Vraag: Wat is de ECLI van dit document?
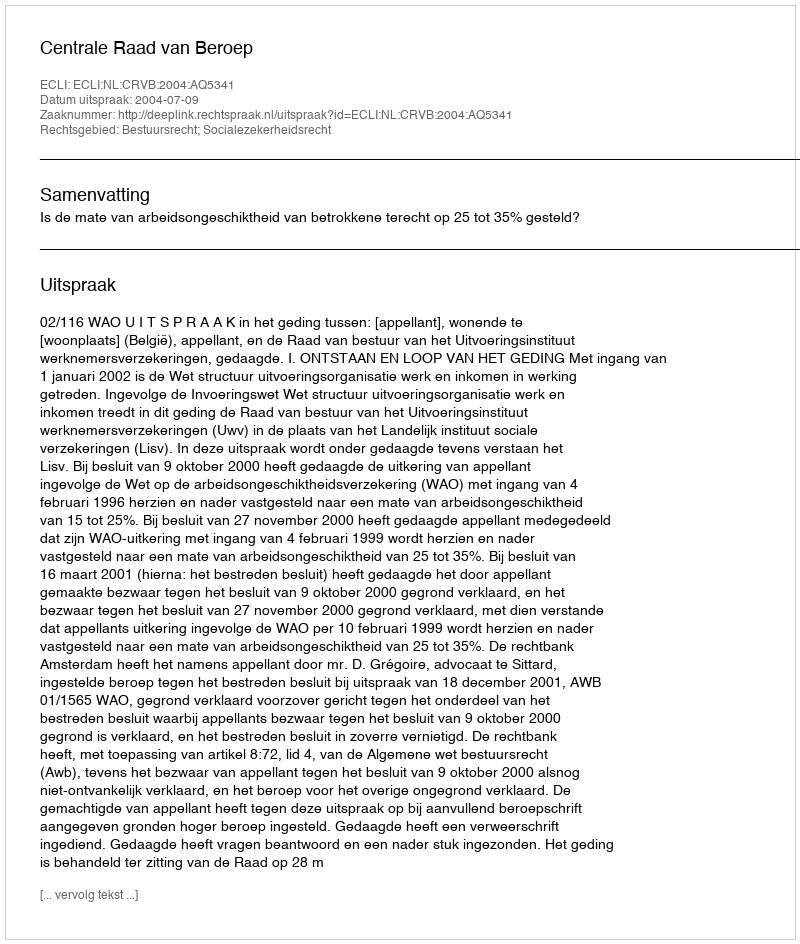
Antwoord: ECLI:NL:CRVB:2004:AQ5341